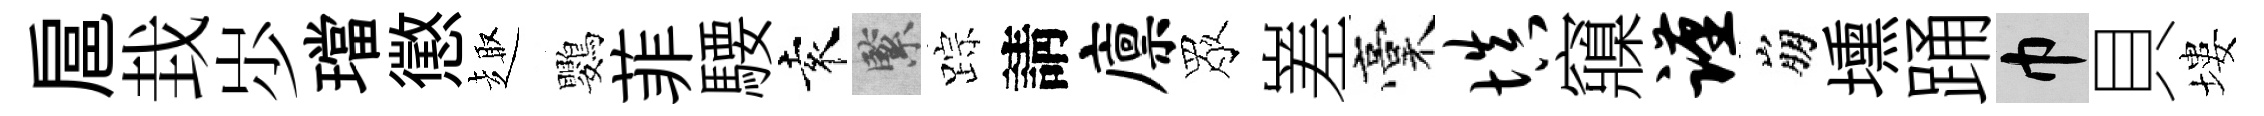
扈㘽𡵯璫懲趣鸚菲騕袁緊踪請廪眾嵳稾填䆿谨崩壎踊巾貝塿